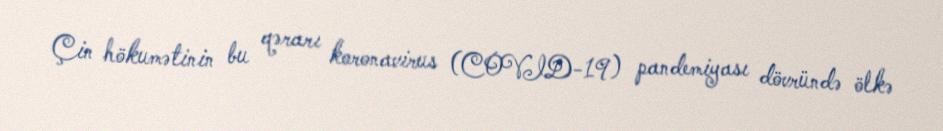
Çin hökumətinin bu qərarı koronavirus (COVID-19) pandemiyası dövründə ölkə